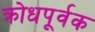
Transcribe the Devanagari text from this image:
क्रोधपूर्वक